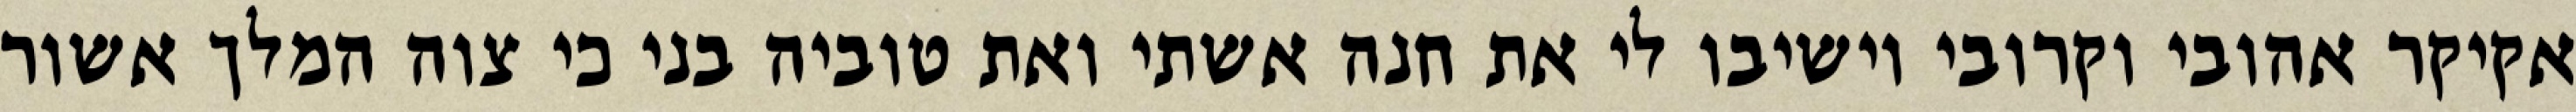
אקיקר אהובי וקרובי וישיבו לי את חנה אשתי ואת טוביה בני כי צוה המלך אשור